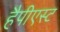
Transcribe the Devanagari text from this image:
हैपीएस्ट